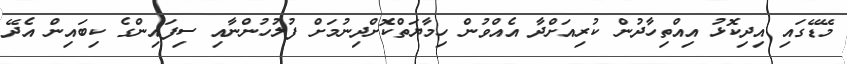
މޭޑޭގައި އިދިކޮޅު އިއްތިހާދުން ކުރިއަށްދާ އެއްވުން ހިމާޔަތްކޮށްދިނުމަށް ފުލުހުންނާއި ސިފައިންގެ ކިބައިން އެދޭ